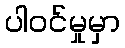
ပါဝင်မှုမှာ